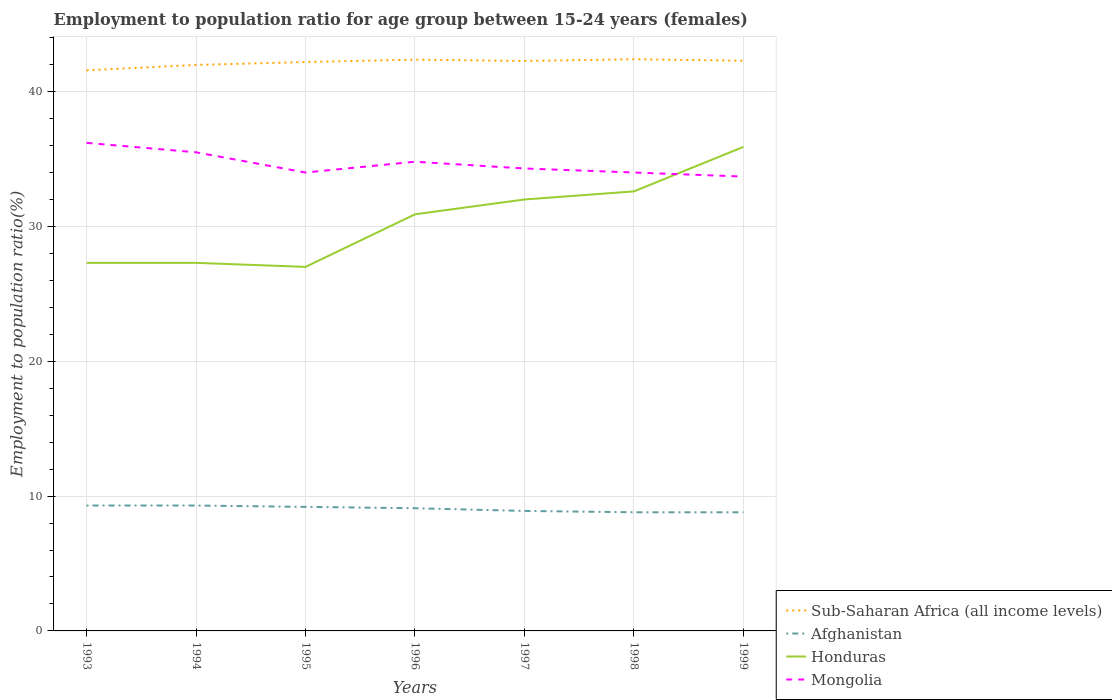
| Years | Sub-Saharan Africa (all income levels) | Afghanistan | Honduras | Mongolia |
 | --- | --- | --- | --- | --- |
 | 1993 | 41.6 | 9.3 | 27.3 | 36.2 |
 | 1994 | 42 | 9.3 | 27.3 | 35.5 |
 | 1995 | 42.2 | 9.2 | 27 | 34 |
 | 1996 | 42.4 | 9.1 | 30.9 | 34.8 |
 | 1997 | 42.3 | 8.9 | 32 | 34.3 |
 | 1998 | 42.4 | 8.8 | 32.6 | 34 |
 | 1999 | 42.3 | 8.8 | 35.9 | 33.7 |